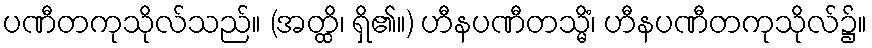
ပဏီတကုသိုလ်သည်။ (အတ္ထိ၊ ရှိ၏။) ဟီနပဏီတသ္မိံ၊ ဟီနပဏီတကုသိုလ်၌။